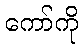
ကော်ကို